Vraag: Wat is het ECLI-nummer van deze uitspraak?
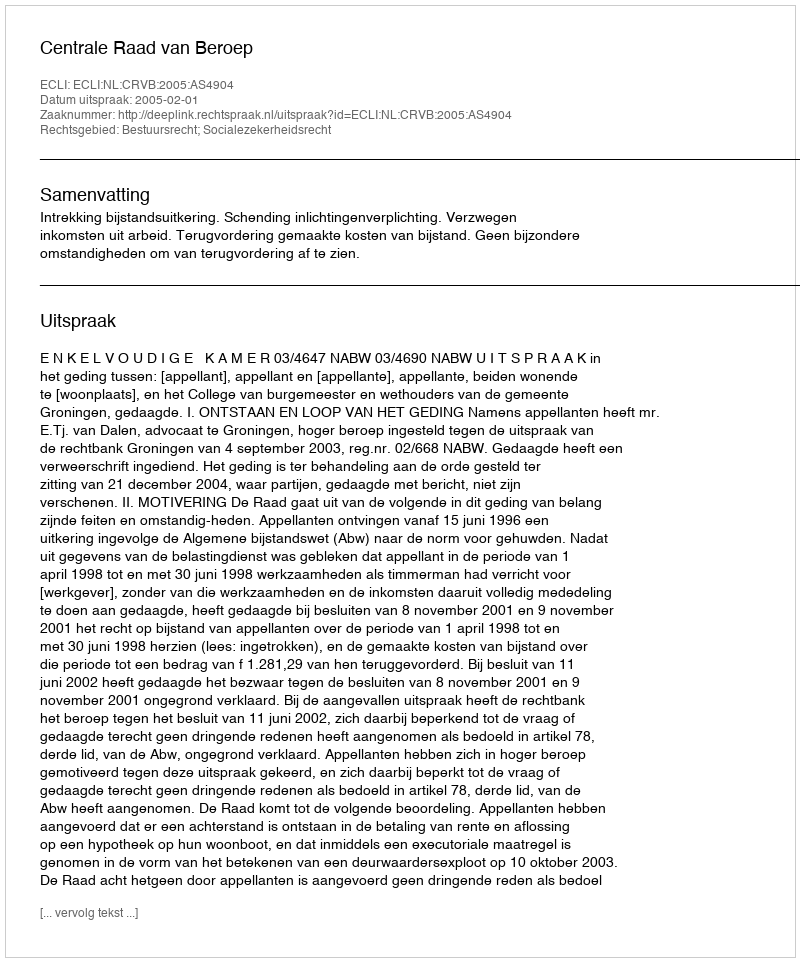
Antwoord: ECLI:NL:CRVB:2005:AS4904